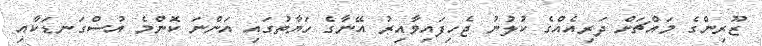
ޒޫރިންގެ މައްޗަށް ދަރިއެއްގެ ކުލުނު ޖެހިފައިވާއިރު އޭނާގެ ހަޔާތުގައި އަންނަ ކޮންމެ އުސްގަނޑަކާއި